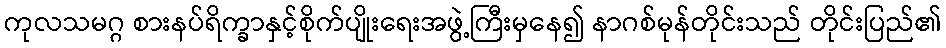
ကုလသမဂ္ဂ စားနပ်ရိက္ခာနှင့်စိုက်ပျိုးရေးအဖွဲ့ကြီးမှနေ၍ နာဂစ်မုန်တိုင်းသည် တိုင်းပြည်၏